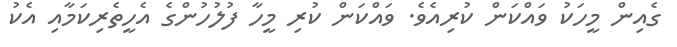
ގެއިން މީހަކު ވައްކަން ކުރިއެވެ. ވައްކަން ކުރި މީހާ ފުލުހުންގެ އެހީތެރިކަމާއި އެކު